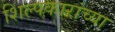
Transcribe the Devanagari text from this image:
शिल्पकारांच्या